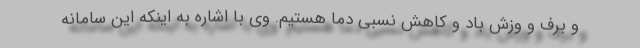
و برف و وزش باد و کاهش نسبی دما هستیم. وی با اشاره به اینکه این سامانه